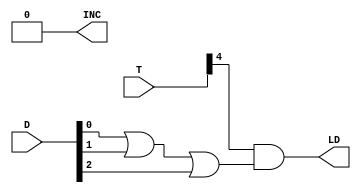
`timescale 1ns / 1ps
//////////////////////////////////////////////////////////////////////////////////
// Company: 
// Engineer: 
// 
// Design Name: 
// Module Name: DR_CONTROL
// Project Name: 
// Target Devices: 
// Tool Versions: 
// Description: 
// 
// Dependencies: 
// 
// Revision:
// Revision 0.01 - File Created
// Additional Comments:
// 
//////////////////////////////////////////////////////////////////////////////////


module DR_CONTROL(
            output LD,
            output INC,
            
            input [7:0] T,
            input [7:0] D);



	wire D012;
	assign D012 = D[0] | D[1] | D[2] ;
	
	assign LD = T[4] & D012;
	assign INC = 0;

endmodule